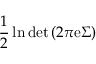
{ \frac { 1 } { 2 } } \ln \operatorname* { d e t } \left( 2 \pi \mathrm { e } { \boldsymbol { \Sigma } } \right)